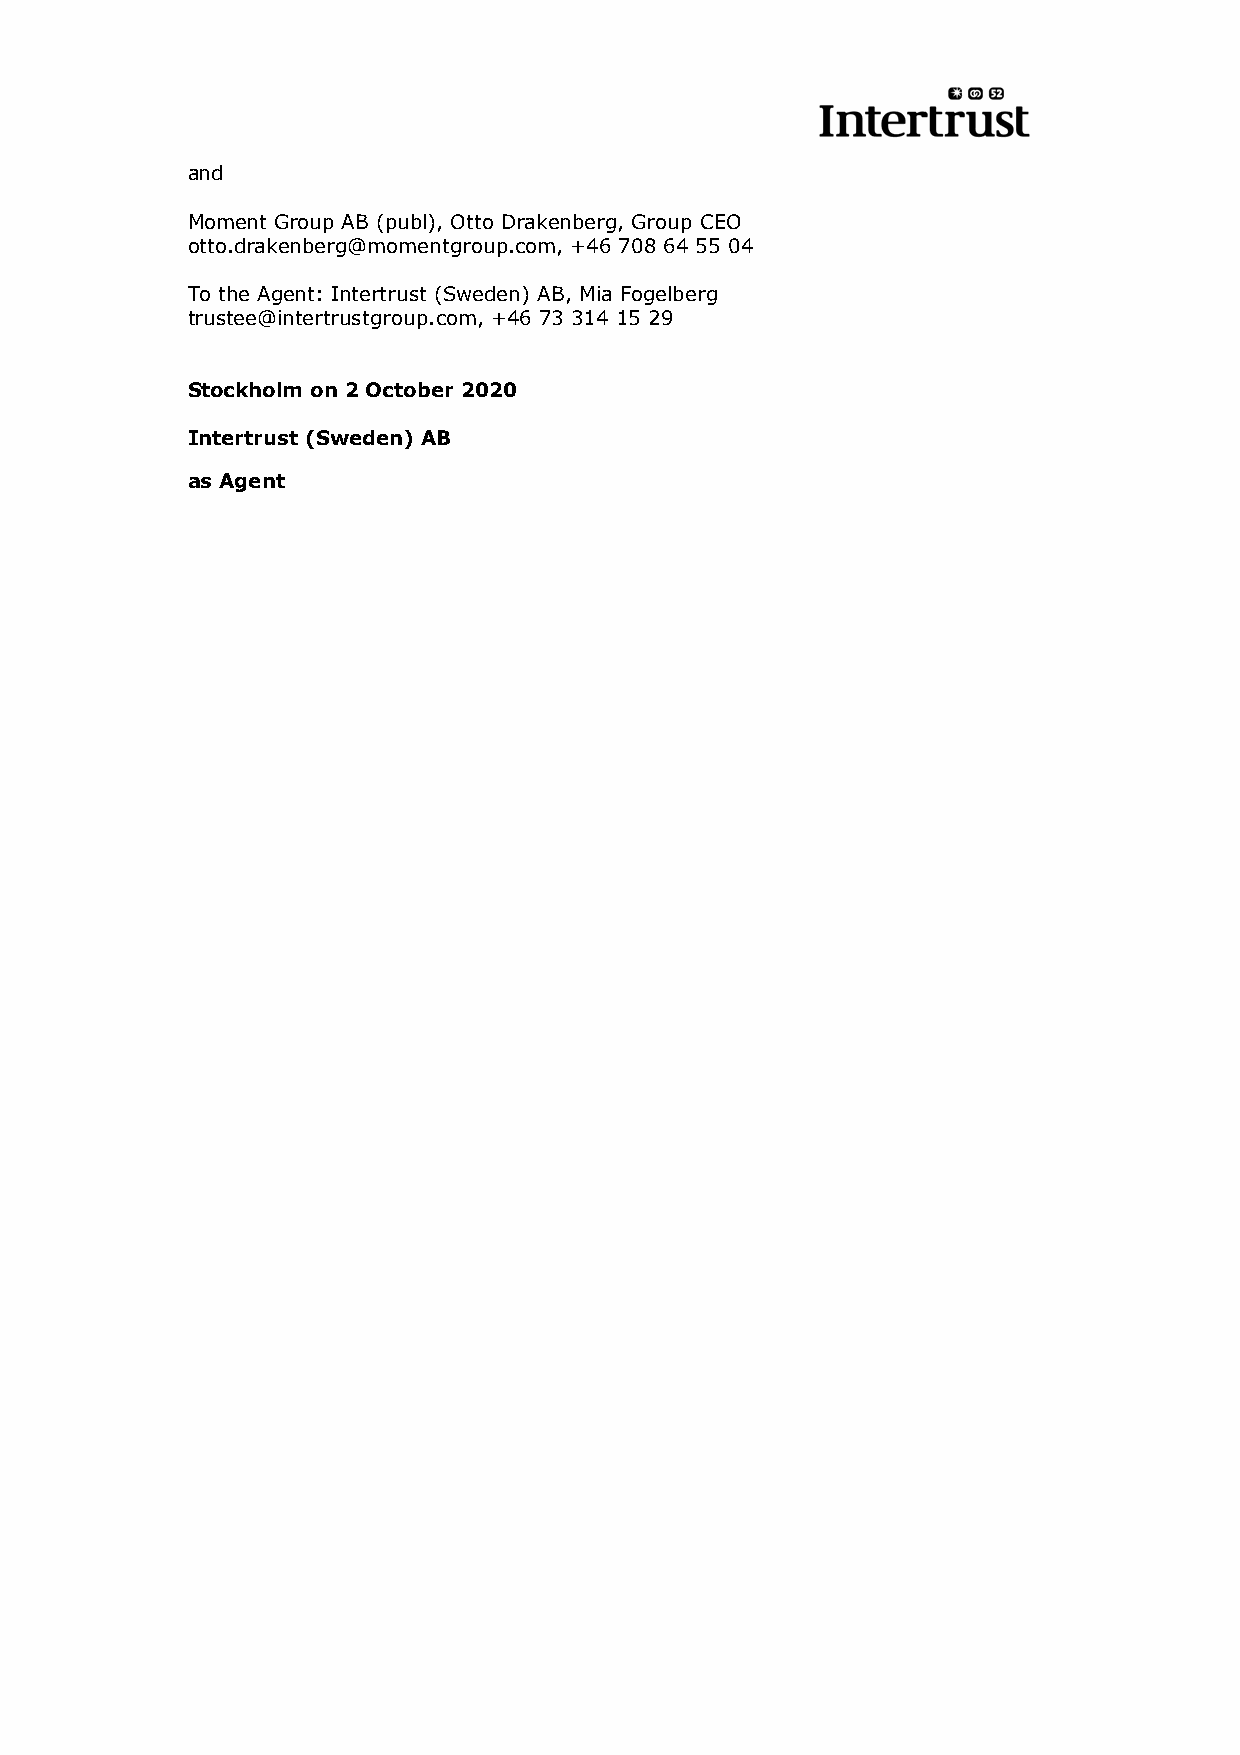
and
 Moment Group AB (publ), Otto Drakenberg, Group CEO
 otto.drakenberg@momentgroup.com, +46 708 64 55 04
 To the Agent: Intertrust (Sweden) AB, Mia Fogelberg
 trustee@intertrustgroup.com, +46 73 314 15 29
 Stockholm on 2 October 2020
 Intertrust (Sweden) AB
 as Agent